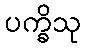
ပက္ခိသု